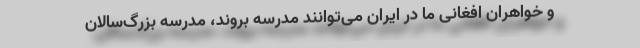
و خواهران افغانی ما در ایران می‌توانند مدرسه بروند، مدرسه بزرگ‌سالان